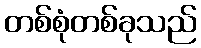
တစ်စုံတစ်ခုသည်